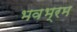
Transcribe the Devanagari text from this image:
भवभ्रम